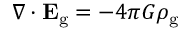
\nabla \cdot \mathbf { E } _ { \mathrm { g } } = - 4 \pi G \rho _ { \mathrm { g } }